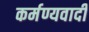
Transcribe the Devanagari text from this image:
कर्मण्यवादी